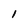
Character: 1